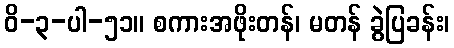
ဝိ-၃-ပါ-၅၁။ စကားအဖိုးတန်၊ မတန် ခွဲပြခန်း၊